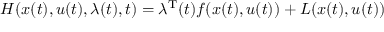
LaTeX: H ( x ( t ) , u ( t ) , \lambda ( t ) , t ) = \lambda ^ { \mathrm { { T } } } ( t ) f ( x ( t ) , u ( t ) ) + L ( x ( t ) , u ( t ) )